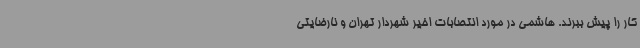
کار را پیش ببرند. هاشمی در مورد انتصابات اخیر شهردار تهران و نارضایتی